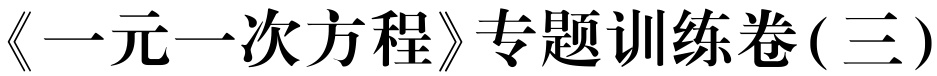
《一元一次方程》专题训练卷(三)